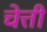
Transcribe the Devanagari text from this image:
चेत्ती